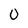
Character: 0